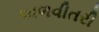
અળવીતરી